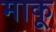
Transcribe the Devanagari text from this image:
माकू